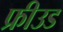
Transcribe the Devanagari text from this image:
फ्रीउड